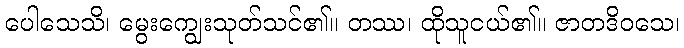
ပေါသေသိ၊ မွေးကျွေးသုတ်သင်၏။ တဿ၊ ထိုသူငယ်၏။ ဇာတဒိဝသေ၊